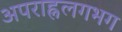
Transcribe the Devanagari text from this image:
अपराह्नलगभग